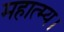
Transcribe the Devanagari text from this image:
महात्म्य।